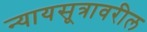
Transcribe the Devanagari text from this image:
न्यायसूत्रावरील